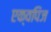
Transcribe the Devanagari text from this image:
एक्वपिज